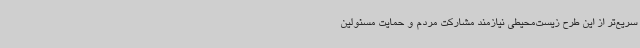
سریع‌تر از این طرح زیست‌محیطی نیازمند مشارکت مردم و حمایت مسئولین